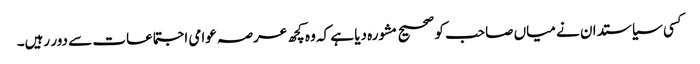
کسی سیاستدان نے میاں صاحب کو صحیح مشورہ دیا ہے کہ وہ کچھ عرصہ عوامی اجتماعات سے دور رہیں۔